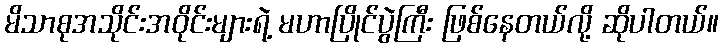
မိသာစုအသိုင်းအဝိုင်းများရဲ့ မဟာပြိုင်ပွဲကြီး ဖြစ်နေတယ်လို့ ဆိုပါတယ်။